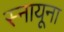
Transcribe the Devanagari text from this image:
स्नायूना